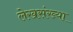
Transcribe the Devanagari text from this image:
लेखसंख्या